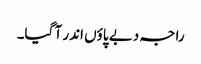
راجہ دبے پاؤں اندر آ گیا۔